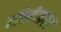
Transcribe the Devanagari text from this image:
हॉस्टेलवर